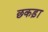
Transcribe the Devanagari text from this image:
छकड़ा